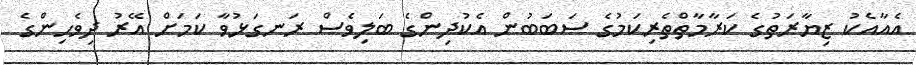
އެއާއެކު ޒިޔާރަތުގެ ކަރާމާތްތެރިކަމުގެ ސަބަބުން އެކުދިންގެ ބަލިވެސް ރަނގަޅުވާ ކަމަށް އޭރު ދިވެހިންގެ